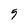
Character: 9